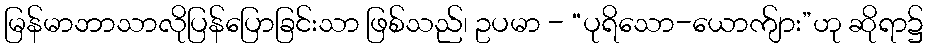
မြန်မာဘာသာလိုပြန်ပြောခြင်းသာ ဖြစ်သည်၊ ဥပမာ - “ပုရိသော-ယောက်ျား”ဟု ဆိုရာ၌